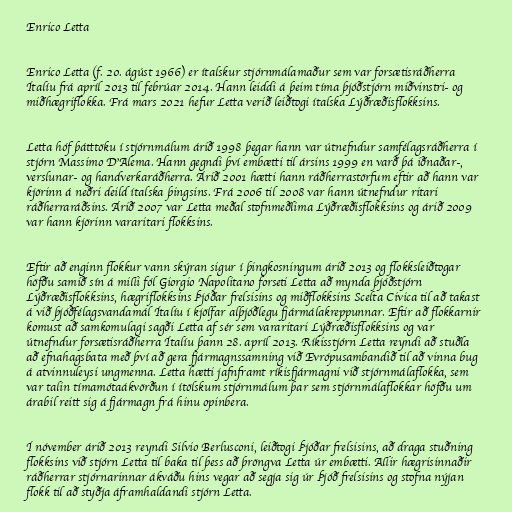
Enrico Letta

Enrico Letta (f. 20. ágúst 1966) er ítalskur stjórnmálamaður sem var forsætisráðherra
Ítalíu frá apríl 2013 til febrúar 2014. Hann leiddi á þeim tíma þjóðstjórn miðvinstri- og
miðhægriflokka. Frá mars 2021 hefur Letta verið leiðtogi ítalska Lýðræðisflokksins.

Letta hóf þátttöku í stjórnmálum árið 1998 þegar hann var útnefndur samfélagsráðherra í
stjórn Massimo D'Alema. Hann gegndi því embætti til ársins 1999 en varð þá iðnaðar-,
verslunar- og handverkaráðherra. Árið 2001 hætti hann ráðherrastörfum eftir að hann var
kjörinn á neðri deild ítalska þingsins. Frá 2006 til 2008 var hann útnefndur ritari
ráðherraráðsins. Árið 2007 var Letta meðal stofnmeðlima Lýðræðisflokksins og árið 2009
var hann kjörinn vararitari flokksins.

Eftir að enginn flokkur vann skýran sigur í þingkosningum árið 2013 og flokksleiðtogar
höfðu samið sín á milli fól Giorgio Napolitano forseti Letta að mynda þjóðstjórn
Lýðræðisflokksins, hægriflokksins Þjóðar frelsisins og miðflokksins Scelta Civica til að takast
á við þjóðfélagsvandamál Ítalíu í kjölfar alþjóðlegu fjármálakreppunnar. Eftir að flokkarnir
komust að samkomulagi sagði Letta af sér sem vararitari Lýðræðisflokksins og var
útnefndur forsætisráðherra Ítalíu þann 28. apríl 2013. Ríkisstjórn Letta reyndi að stuðla
að efnahagsbata með því að gera fjármagnssamning við Evrópusambandið til að vinna bug
á atvinnuleysi ungmenna. Letta hætti jafnframt ríkisfjármagni við stjórnmálaflokka, sem
var talin tímamótaákvörðun í ítölskum stjórnmálum þar sem stjórnmálaflokkar höfðu um
árabil reitt sig á fjármagn frá hinu opinbera.

Í nóvember árið 2013 reyndi Silvio Berlusconi, leiðtogi Þjóðar frelsisins, að draga stuðning
flokksins við stjórn Letta til baka til þess að þröngva Letta úr embætti. Allir hægrisinnaðir
ráðherrar stjórnarinnar ákváðu hins vegar að segja sig úr Þjóð frelsisins og stofna nýjan
flokk til að styðja áframhaldandi stjórn Letta.